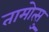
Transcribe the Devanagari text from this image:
तामोत्सु